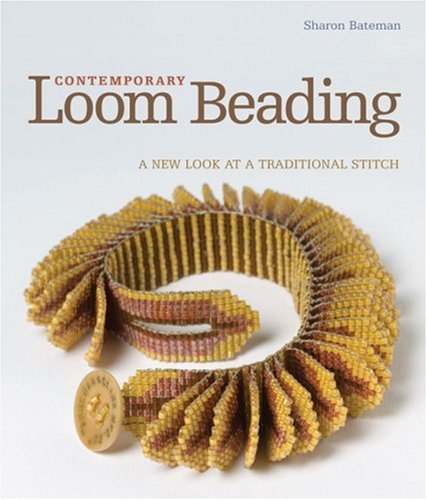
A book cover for Contemporary Loom Beading: A New Look at a Traditional Stitch; Sharon Bateman; Crafts, Hobbies & Home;